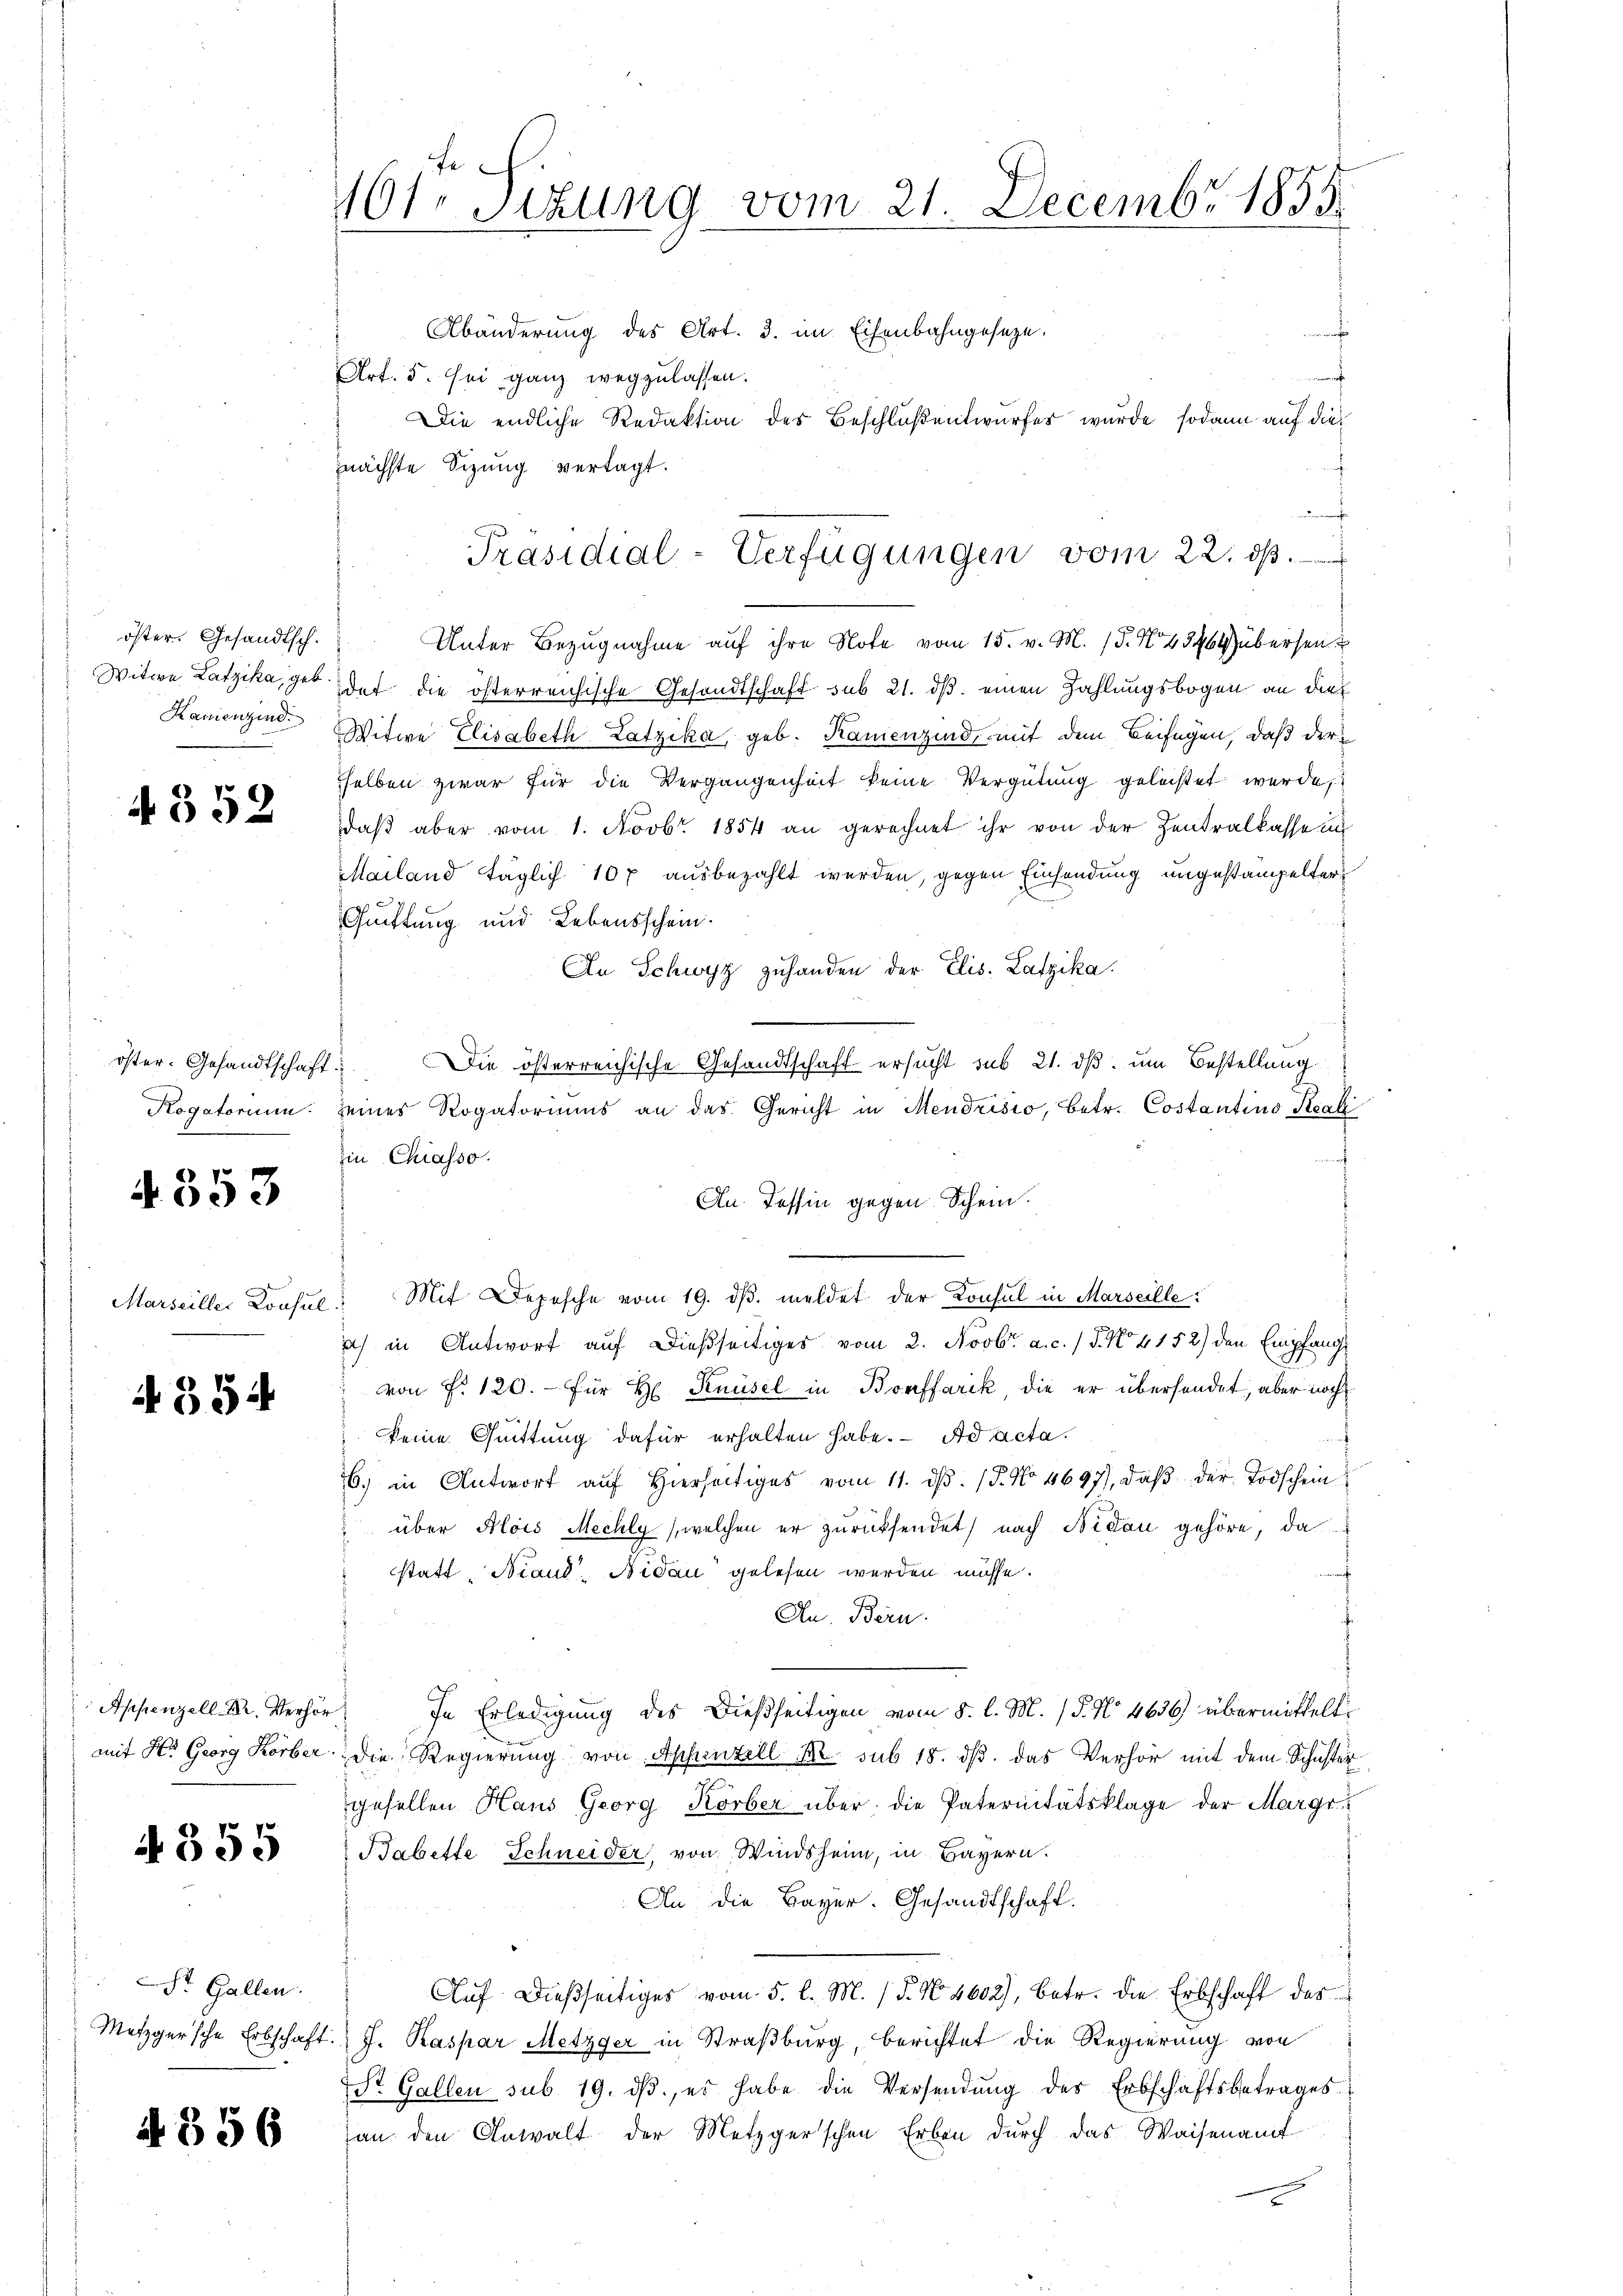
öster. Gesandtsch.
Witwe Latzika, geb

4552

4353

Marseiller Konsul
e

A 354

Appenzell. Dr. Verhör

A 355

St. Gallen.

4356

161. Sizung vom 21. Decembr 1855

Abänderung des Art. 3. im Eisenbahngesetze.
f
Art. 5. sei ganz wegzulassen.
Die endliche Redaktion des Beschlüßentwurfes wurde sodann auf dienächste Sizung vertagt.
u
Unter Bezugnahme auf ihre Note vom 15. v. M. (§. No 43464) übersen
det die österreichische Gesandtschaft sub 21. ds. einen Zahlungsbogen an die
Kanienzind Witwe Elisabeth Latzika, geb. Kamenzind, mit dem Beifügen, daß der
selben zwar für die Vergangenheit keine Vergütŭng geleistet werde,
daβ aber vom 1. Novbr. 1854 an gerechnet ihr von der Zentralkasse in
Mailand täglich 10 f ausbezahlt werden, gegen Einsendung ungestampelter
Quittung und Lebensschein.
An Schwyz zuhanden der Elis. Laszika.
öster. Gesandtschaft. Die österreichische Gesandtschaft ersucht sub 21. dβ. um Bestellung
Rogatorium. Zeines Rogatoriums an das Gericht in Mendrisio, betr. Costantino Reali
zin Chiasso.
An Tessin gegen Schein.
Mit Depesche vom 19. dβ. meldet der Konsul in Marseille
s
i) in Antwort auf dießseitiges vom 2. Novbr. a. c. / 5. No 4152) den Empfang
von P. 120. für H. Knüsel in Bonffarik, die er übersendet, aber noch
keine Quittung dafür erhalten habe. Ad acta.
6) in Antwort aŭf hierseitiges vom 11. dβ. P. No. 4697), daβ der Todschein
 über Alois Mechly (welchen er zurücksendet, nach Nidau gehöre, da
statt. Niand. Nidau gelesen werden müsse.
An. Bern.
In Erledigung des dießseitigen vom 8. l. M. (§. No 4636) übermittelt
mit Hr. Georg Korber die Regierung von Appenzell Br. sub 18. dβ das Verhör mit dem Schustergesellen Haus Georg Körber über die Paternitätsklage der Margr
Babette Schneider, von Windsheim, in Bayern.
An die Bayer. Gesandtschaft.
Auf dießseitiges vom 5. l. M. (T. No. 4602), betr. die Erbschaft des
Metzgersche Erbschaft. J. Kaspar Metzger in Straßburg, berichtet die Regierung von
Str. Gallen sub. 19. dβ, es habe die Versendŭng des Erbschaftsbetrages
an den Anwalt der Metzgerschen Erben durch das Waisenamt

Präsidial-Verfügungen vom 22. ds.